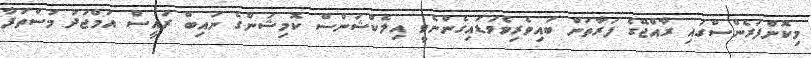
މިކޮންފަރެންސްގައި ރާއްޖޭގެ ފަރާތުން ބައިވެރިވެވަޑައިގެންނެވީ އިލެކްޝަންސް ކޮމިޝަންގެ ނައިބް ރައީސް އަމްޖަދު މުސްތަފާ